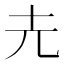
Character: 圥